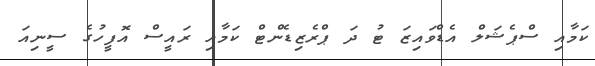
ކަމާއި ސްޕެޝަލް އެޑްވައިޒަ ޓު ދަ ޕްރެޒިޑެންޓް ކަމާއި ރައީސް އޮފީހުގެ ސީނިއަ